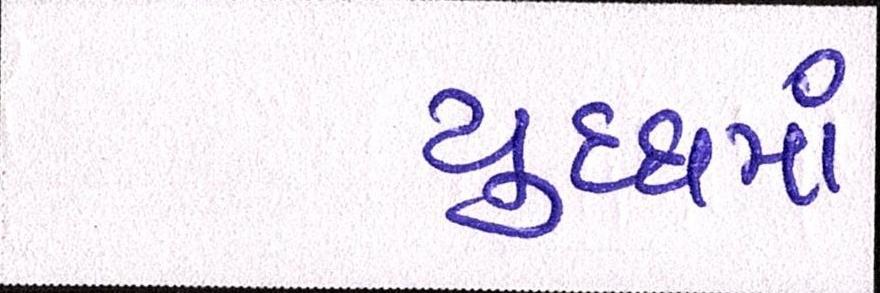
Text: યુધ્ધમાં